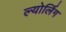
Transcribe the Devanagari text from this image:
ल्योर्लिग